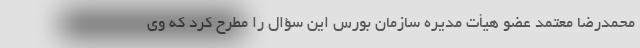
محمدرضا معتمد عضو هیأت مدیره سازمان بورس این سؤال را مطرح کرد که وی